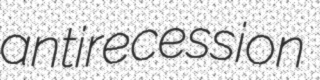
antirecession